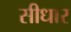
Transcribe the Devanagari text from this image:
सीधार